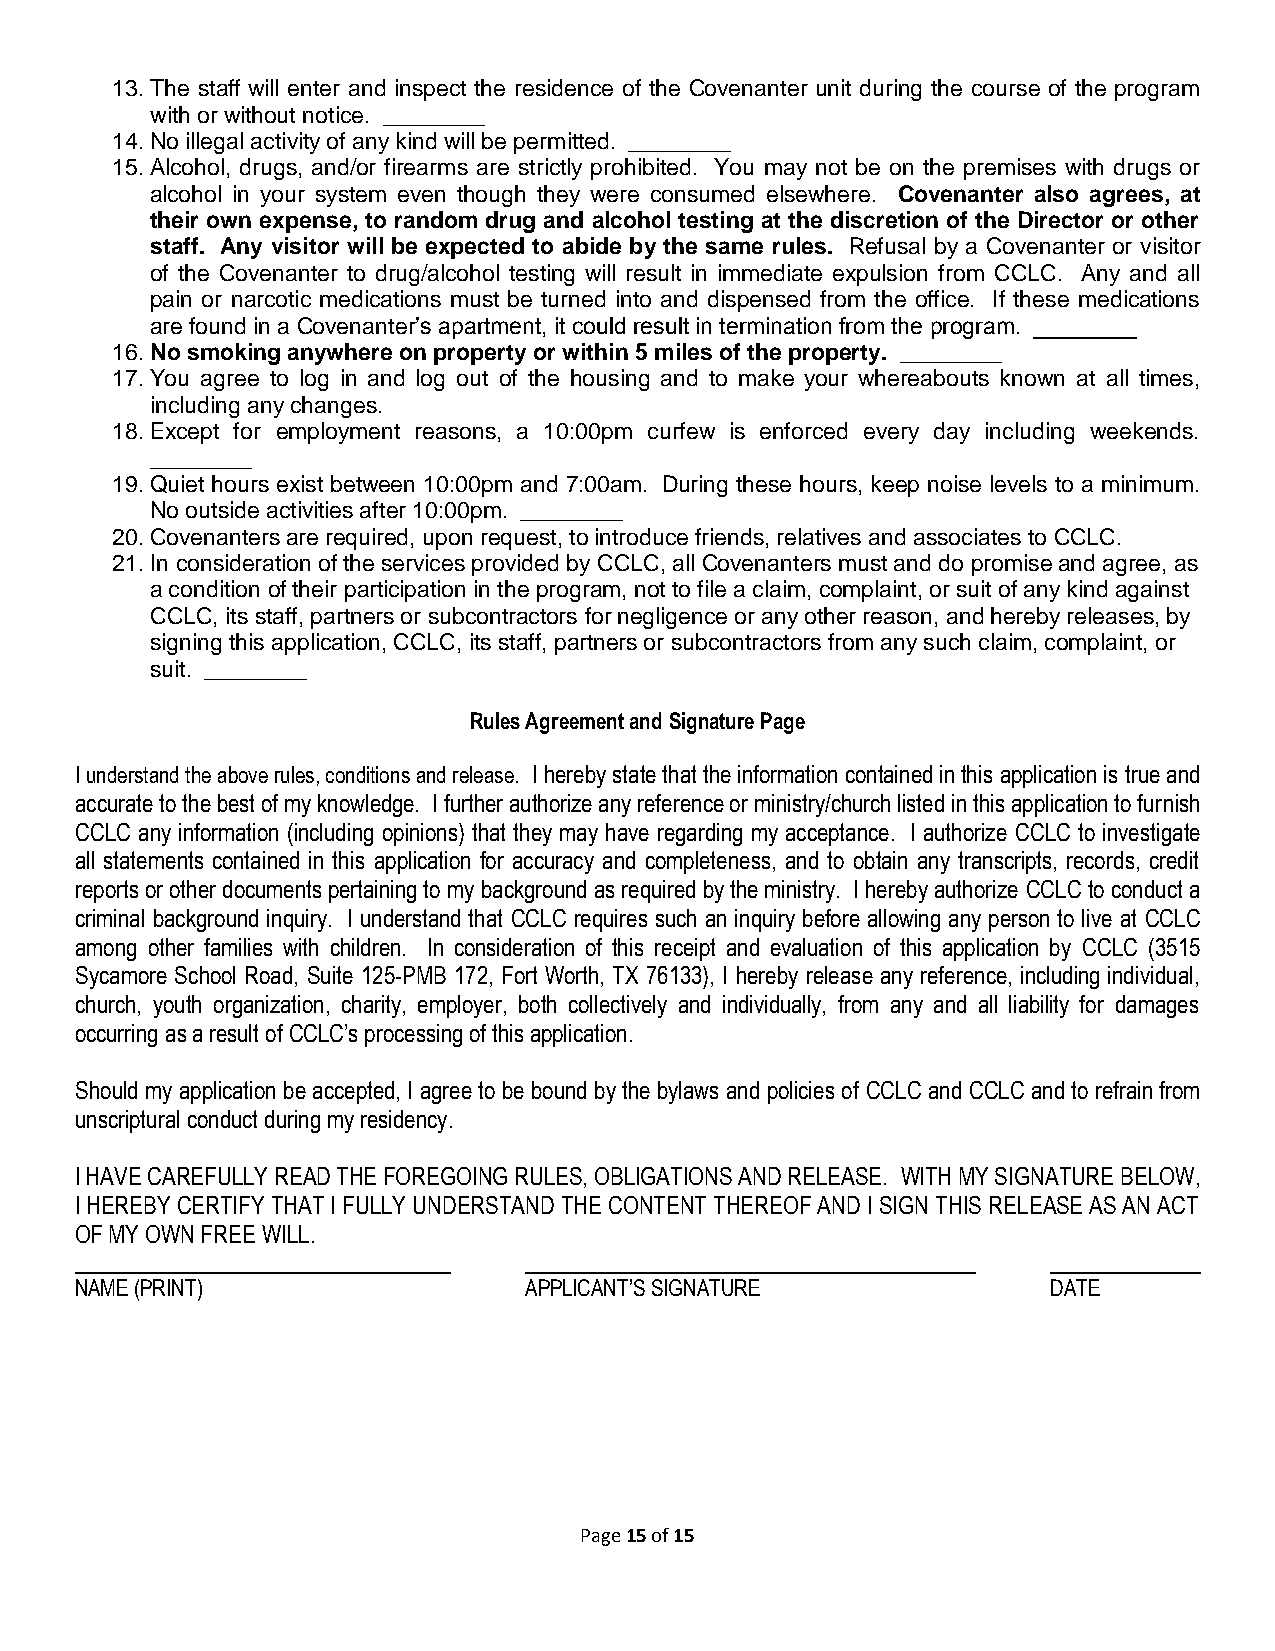
13. The staff will enter and inspect the residence of the Covenanter unit during the course of the program
 with or without notice. ________
 14. No illegal activity of any kind will be permitted. ________
 15. Alcohol, drugs, and/or firearms are strictly prohibited. You may not be on the premises with drugs or
 alcohol in your system even though they were consumed elsewhere. Covenanter also agrees, at
 their own expense, to random drug and alcohol testing at the discretion of the Director or other
 staff. Any visitor will be expected to abide by the same rules. Refusal by a Covenanter or visitor
 of the Covenanter to drug/alcohol testing will result in immediate expulsion from CCLC. Any and all
 pain or narcotic medications must be turned into and dispensed from the office. If these medications
 are found in a Covenanter’s apartment, it could result in termination from the program. ________
 16. No smoking anywhere on property or within 5 miles of the property. ________
 17. You agree to log in and log out of the housing and to make your whereabouts known at all times,
 including any changes.
 18. Except for employment reasons, a 10:00pm curfew is enforced every day including weekends.
 ________
 19. Quiet hours exist between 10:00pm and 7:00am. During these hours, keep noise levels to a minimum.
 No outside activities after 10:00pm. ________
 20. Covenanters are required, upon request, to introduce friends, relatives and associates to CCLC.
 21. In consideration of the services provided by CCLC, all Covenanters must and do promise and agree, as
 a condition of their participation in the program, not to file a claim, complaint, or suit of any kind against
 CCLC, its staff, partners or subcontractors for negligence or any other reason, and hereby releases, by
 signing this application, CCLC, its staff, partners or subcontractors from any such claim, complaint, or
 suit. ________
 Rules Agreement and Signature Page
 I understand the above rules, conditions and release. I hereby state that the information contained in this application is true and
 accurate to the best of my knowledge. I further authorize any reference or ministry/church listed in this application to furnish
 CCLC any information (including opinions) that they may have regarding my acceptance. I authorize CCLC to investigate
 all statements contained in this application for accuracy and completeness, and to obtain any transcripts, records, credit
 reports or other documents pertaining to my background as required by the ministry. I hereby authorize CCLC to conduct a
 criminal background inquiry. I understand that CCLC requires such an inquiry before allowing any person to live at CCLC
 among other families with children. In consideration of this receipt and evaluation of this application by CCLC (3515
 Sycamore School Road, Suite 125-PMB 172, Fort Worth, TX 76133), I hereby release any reference, including individual,
 church, youth organization, charity, employer, both collectively and individually, from any and all liability for damages
 occurring as a result of CCLC’s processing of this application.
 Should my application be accepted, I agree to be bound by the bylaws and policies of CCLC and CCLC and to refrain from
 unscriptural conduct during my residency.
 I HAVE CAREFULLY READ THE FOREGOING RULES, OBLIGATIONS AND RELEASE. WITH MY SIGNATURE BELOW,
 I HEREBY CERTIFY THAT I FULLY UNDERSTAND THE CONTENT THEREOF AND I SIGN THIS RELEASE AS AN ACT
 OF MY OWN FREE WILL.
 NAME (PRINT)                  APPLICANT’S SIGNATURE              DATE
 Page 15 of 15